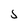
Character: 5